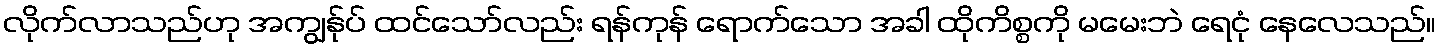
လိုက်လာသည်ဟု အကျွန်ုပ် ထင်သော်လည်း ရန်ကုန် ရောက်သော အခါ ထိုကိစ္စကို မမေးဘဲ ရေငုံ နေလေသည်။